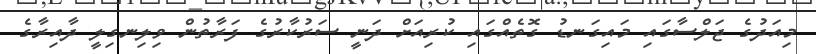
މިއަދުގެ ޖަލްސާގައި މައިގަނޑު ގޮތެއްގައި ކުރިއަށް ދަނީ ސަރުކާރުގެ ފަރާތުން ވިލިނގިލީ ދާއިރާގެ